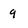
Character: 9